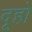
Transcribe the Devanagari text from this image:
दूहो